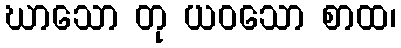
ဃာသော တု ယဝသော စာထ၊